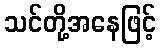
သင်တို့အနေဖြင့်